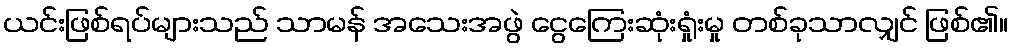
ယင်းဖြစ်ရပ်များသည် သာမန် အသေးအဖွဲ ငွေကြေးဆုံးရှုံးမှု တစ်ခုသာလျှင် ဖြစ်၏။